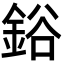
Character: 鋊